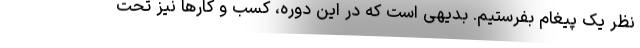
نظر یک پیغام بفرستیم. بدیهی است که در این دوره، کسب و کارها نیز تحت